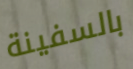
بالسفينة